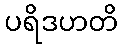
ပရိဒဟတိ